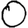
Digit: 0